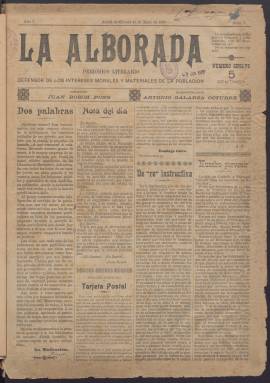
Título: La Alborada (Alcalá de Chivert)
Colección: Periódicos
Ámbito geográfico: Castellón
Lugar de publicación: Alcalá de Chivert [Castellón]
Fechas: 13/05/1905-07/10/1905